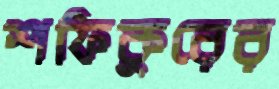
শফিকুরের